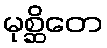
မုစ္ဆိတေ